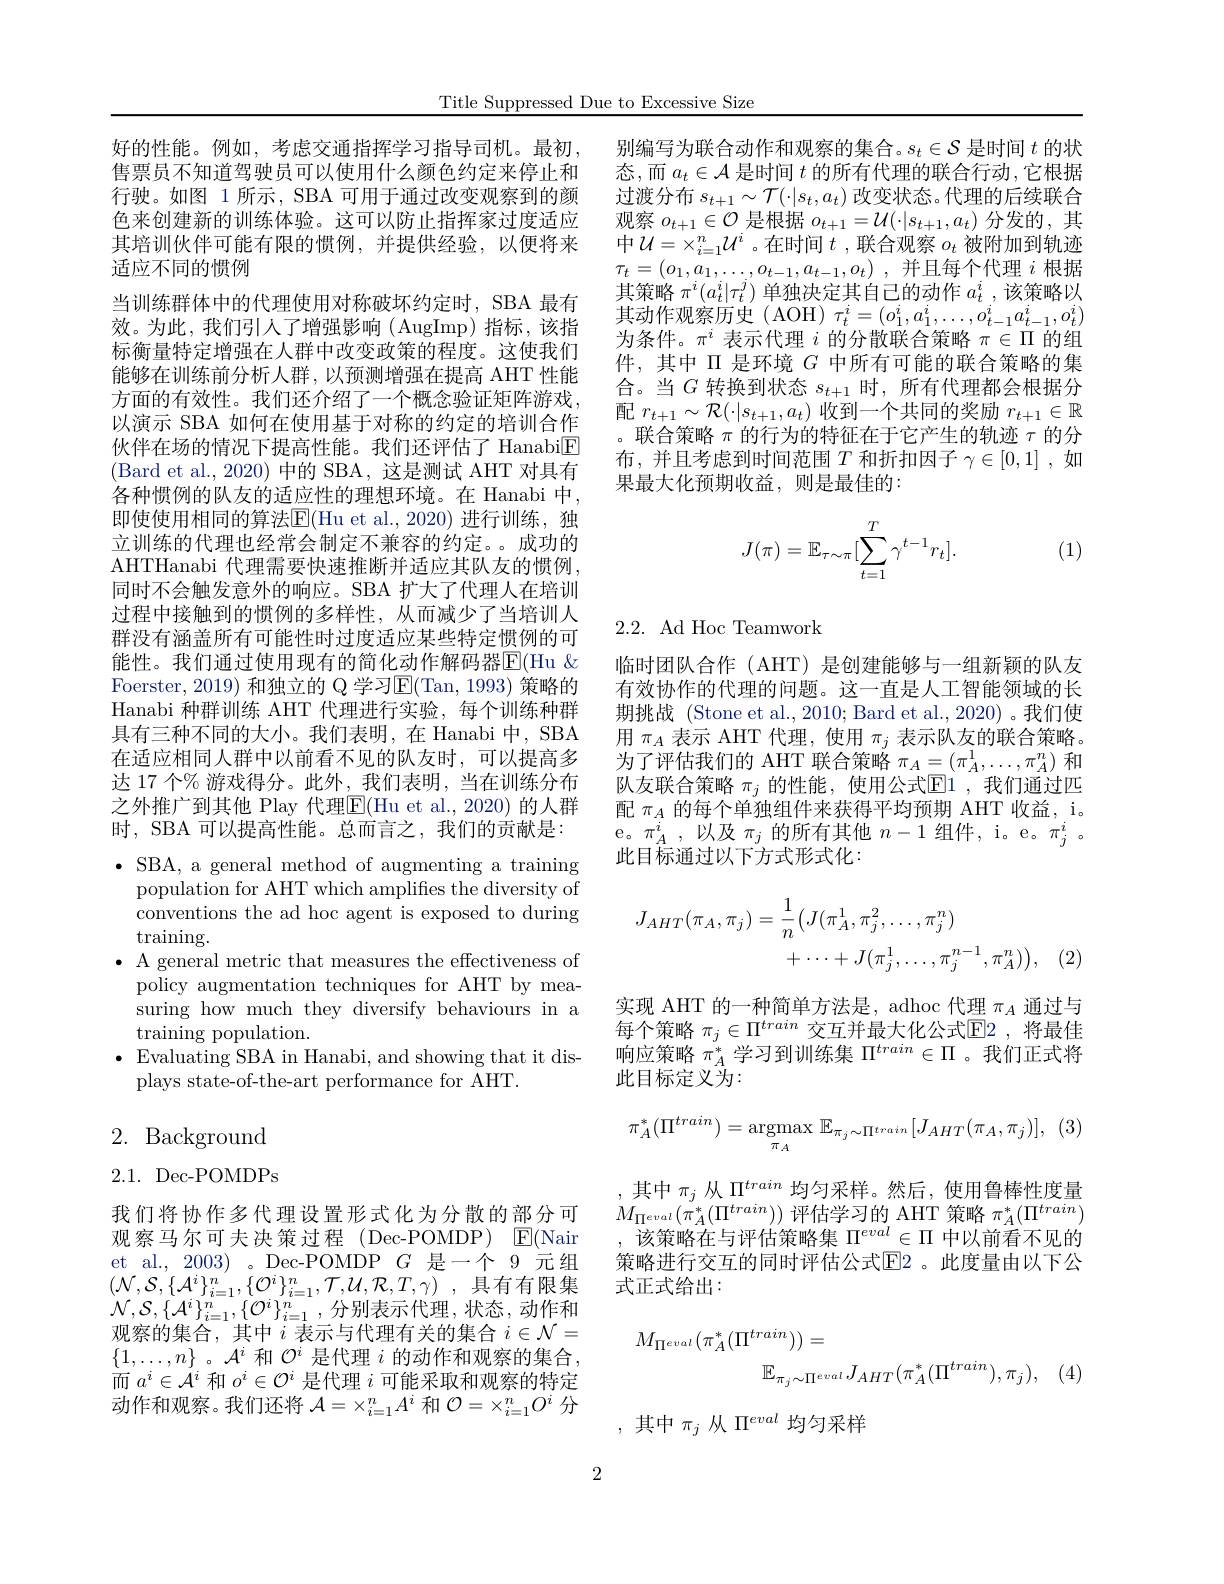
Title Suppressed Due to Excessive Size

好的性能。例如，考虑交通指挥学习指导司机。最初， 售票员不知道驾驶员可以使用什么颜色约定来停止和行驶。如图 1 所示，SBA 可用于通过改变观察到的颜色来创建新的训练体验。这可以防止指挥家过度适应其培训伙伴可能有限的惯例，并提供经验，以便将来适应不同的惯例

当训练群体中的代理使用对称破坏约定时，SBA 最有效。为此，我们引人了增强影响(AugImp)指标，该指标衡量特定增强在人群中改变政策的程度。这使我们能够在训练前分析人群，以预测增强在提高 AHT 性能方面的有效性。我们还介绍了一个概念验证矩阵游戏， 以演示 SBA 如何在使用基于对称的约定的培训合作伙伴在场的情况下提高性能。我们还评估了 Hanabi$\boxed{\mathrm{E}}$ (Bard et al., 2020) 中的 SBA, 这是测试 AHT 对具有各种惯例的队友的适应性的理想环境。在 Hanabi 中， 即使使用相同的算法E(Hu et al.,2020)进行训练，独立训练的代理也经常会制定不兼容的约定。成功的AHTHanabi 代理需要快速推断并适应其队友的惯例， 同时不会触发意外的响应。SBA 扩大了代理人在培训过程中接触到的惯例的多样性，从而减少了当培训人群没有涵盖所有可能性时过度适应某些特定惯例的可能性。我们通过使用现有的简化动作解码器$\overline{\mathrm{E}}($Hu & Foerster, 2019) 和独立的 Q 学习E(Tan, 1993) 策略的Hanabi 种群训练 AHT 代理进行实验，每个训练种群具有三种不同的大小。我们表明，在 Hanabi 中，SBA 在适应相同人群中以前看不见的队友时，可以提高多达 17 个% 游戏得分。此外 , 我们表明 , 当在训练分布之外推广到其他 Play 代理E(Hu et al.,2020)的人群时，SBA 可以提高性能。总而言之，我们的贡献是： $\bullet$ SBA, a general method of augmenting a training population for AHT which amplifes the diversity of conventions the ad hoc agent is exposed to during $\operatorname{training}.$
$\bullet$ A general metric that measures the effectiveness of
policy augmentation techniques for AHT by measuring how much they diversify behaviours in a training population.
$\bullet$ Evaluating SBA in Hanabi, and showing that it dis-
plays state-of-the-art performance for AHT.
2. Background

别编写为联合动作和观察的集合。$s_t\in\mathcal{S}$是时间$t$的状态，而 $a_t\in\mathcal{A}$ 是时间 $t$ 的所有代理的联合行动 ,它根据过渡分布$s_{t+1}\sim\mathcal{T}(\cdot|s_t,a_t)$改变状态。代理的后续联合观察$o_t+1\in\mathcal{O}$是根据$o_t+1=\mathcal{U}(\cdot|s_{t+1},a_t)$分发的，其中$\mathcal{U}=\times_i=1^n\mathcal{U}^i$。在时间$t$ ,联合观察$o_t$被附加到轨迹$\tau _{t}= ( o_{1}, a_{1}, \ldots , o_{t- 1}, a_{t- 1}, o_{t})$ ,并且每个代理 $i$ 根据其策略$\pi^i(a_t^i|\tau_t^j)$单独决定其自己的动作$a_t^i$,该策略以其动作观察历史(AOH) $\tau_t^i=(o_1^i,a_1^i,\ldots,o_{t-1}^ia_{t-1}^i,o_t^i)$ 为条件。$\pi^i$表示代理$i$的分散联合策略$\pi\in\Pi$的组件，其中$\Pi$是环境$G$中所有可能的联合策略的集合。当$G$转换到状态$s_t+1$时，所有代理都会根据分配$r_{t+1}\sim\mathcal{R}(\cdot|s_{t+1},a_{t})$收到一个共同的奖励$r_t+1\in\mathbb{R}$ 。联合策略$\pi$的行为的特征在于它产生的轨迹$\tau$的分布，并且考虑到时间范围$T$和折扣因子$\gamma\in[0,1]$ ,如果最大化预期收益，则是最佳的：

(1)
$$J(\pi)=\mathbb{E}_{\tau\sim\pi}[\sum_{t=1}^T\gamma^{t-1}r_t].$$
## 2.2. Ad Hoc Teamwork

临时团队合作 (AHT) 是创建能够与一组新颖的队友有效协作的代理的问题。这一直是人工智能领域的长期挑战 (Stone et al., 2010; Bard et al., 2020)。我们使用$\pi_A$表示 AHT 代理，使用$\pi_j$表示队友的联合策略。为了评估我们的 AHT 联合策略$\pi_A=(\pi_A^1,\ldots,\pi_A^n)$和队友联合策略$\pi_j$的性能，使用公式$\mathbb{E}1$,我们通过匹配$\pi_A$的每个单独组件来获得平均预期 AHT 收益，i。e。$\pi_A^i$,以及$\pi_j$的所有其他$n-1$组件，i。e。$\pi_j^i.$ 此目标通过以下方式形式化：
$$\begin{aligned}J_{AHT}(\pi_{A},\pi_{j})&=\frac{1}{n}\big(J(\pi_{A}^{1},\pi_{j}^{2},\ldots,\pi_{j}^{n})\\&+\cdots+J(\pi_{j}^{1},\ldots,\pi_{j}^{n-1},\pi_{A}^{n})\big),\end{aligned}$$
实现 AHT 的一种简单方法是，adhoc 代理$\pi_A$通过与每个策略 $\pi_j\in\Pi^{train}$ 交互并最大化公式$\overline{\mathrm{E}}2$ ,将最佳响应策略$\pi_A^*$学习到训练集$\Pi^train\in\Pi$ 。我们正式将此目标定义为：
$$\pi_A^*(\Pi^{train})=\mathop{\mathrm{argmax}}_{\pi_A}\mathbb{E}_{\pi_j\sim\Pi^{train}}[J_{AHT}(\pi_A,\pi_j)],$$
,其中$\pi_j$从$\Pi^{train}$均匀采样。然后，使用鲁棒性度量$M_{\Pi^{eval}}\left(\pi_{A}^{*}(\Pi^{train})\right)$评估学习的 AHT 策略 $\pi_A^{*}(\Pi^{train})$
该策略在与评估策略集$\Pi^{eval}\in\Pi$中以前看不见的策略进行交互的同时评估公式$\overline{\mathbb{E}}$2 。此度量由以下公式正式给出：
$$\begin{aligned}M_{\Pi^{eval}}(\pi_{A}^{*}(\Pi^{train}))&=\\&\mathbb{E}_{\pi_{j}\sim\Pi^{eval}}J_{AHT}(\pi_{A}^{*}(\Pi^{train}),\pi_{j}),\end{aligned}$$
,其中$\pi_j$从$\Pi^eval$均匀采样

2.1. Dec-POMDPs
我们将协作多代理设置形式化为分散的部分可观察马尔可夫决策过程(Dec-POMDP) $\mathbb{E}($Nair et al., 2003)。Dec-POMDP $G$是一个 9 元组$( \mathcal{N} , \mathcal{S} , \{ \mathcal{A} ^{i}\} _{i= 1}^{n}, \{ \mathcal{O} ^{i}\} _{i= 1}^{n}, \mathcal{T} , \mathcal{U} , \mathcal{R} , T, \gamma )$ ,具有有限集$\mathcal{N},\mathcal{S},\{\mathcal{A}^{i}\}_{i=1}^{n},\{\mathcal{O}^{i}\}_{i=1}^{n}$,分别表示代理，状态，动作和观察的集合，其中$i$ 表示与代理有关的集合 $i\in\mathcal{N}=$ $\{1,\ldots,n\}$ 。$\mathcal{A}^i$和$\mathcal{O}^i$是代理$i$的动作和观察的集合， 而$a^i\in{\dot{\mathcal{A}}}^i$和$o^i\in{\mathcal{O}}^i$是代理$i$可能采取和观察的特定动作和观察。我们还将$\mathcal{A}=\times_i=1^nA^i$和$\mathcal{O}=\times_i=1^nO^i$分

2